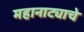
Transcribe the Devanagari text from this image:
महानाट्याचे